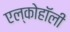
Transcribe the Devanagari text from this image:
एल्कोहॉली